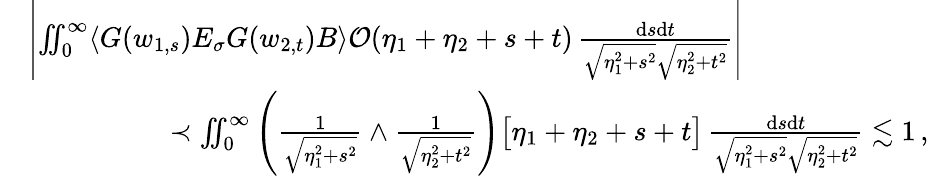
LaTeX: \begin{array}{rl}&{\left|\iint_{0}^{\infty}\langle G(w_{1,s})E_{\sigma}G(w_{2,t})B\rangle\mathcal{O}(\eta_{1}+\eta_{2}+s+t)\, \frac{\mathrm{d}s\mathrm{d}t}{\sqrt{\eta_{1}^{2}+s^{2}}\sqrt{\eta_{2}^{2}+t^{2}}}\right|}\\ &{\qquad\qquad\quad\prec\iint_{0}^{\infty}\left(\frac{1}{\sqrt{\eta_{1}^{2}+s^{2}}}\wedge\frac{1}{\sqrt{\eta_{2}^{2}+t^{2}}}\right)\big[\eta_{1}+\eta_{2}+s+t\big]\, \frac{\mathrm{d}s\mathrm{d}t}{\sqrt{\eta_{1}^{2}+s^{2}}\sqrt{\eta_{2}^{2}+t^{2}}}\lesssim 1\, ,}\end{array}